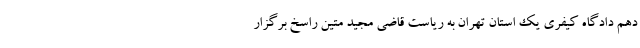
دهم دادگاه کیفری یک استان تهران به ریاست قاضی مجید متین راسخ برگزار